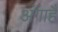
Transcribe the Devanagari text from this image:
अंगाहै